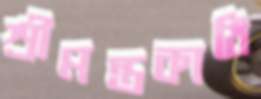
শ্রীমন্তকাঠি